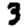
Digit: 3